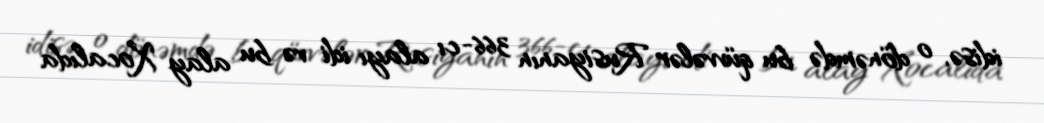
idisə, o dönəmdə bu qüvvələr Rusiyanın 366-cı alayı idi və bu alay Xocalıda